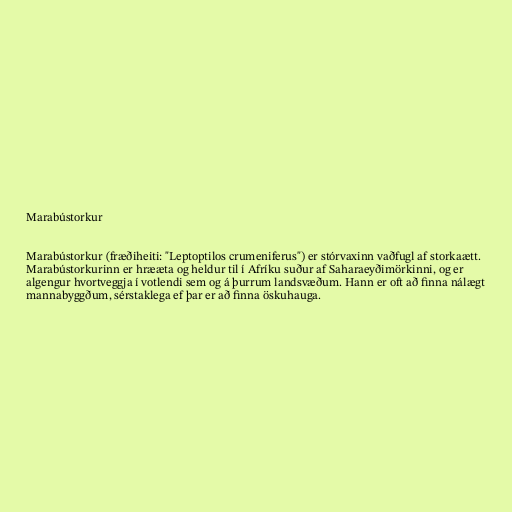
Marabústorkur

Marabústorkur (fræðiheiti: "Leptoptilos crumeniferus") er stórvaxinn vaðfugl af storkaætt.
Marabústorkurinn er hrææta og heldur til í Afríku suður af Saharaeyðimörkinni, og er
algengur hvortveggja í votlendi sem og á þurrum landsvæðum. Hann er oft að finna nálægt
mannabyggðum, sérstaklega ef þar er að finna öskuhauga.